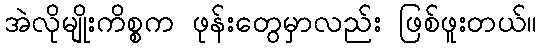
အဲလိုမျိုးကိစ္စက ဖုန်းတွေမှာလည်း ဖြစ်ဖူးတယ်။